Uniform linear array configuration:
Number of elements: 16
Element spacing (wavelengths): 0.5
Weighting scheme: hamming
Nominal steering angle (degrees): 45
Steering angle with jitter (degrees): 45.832
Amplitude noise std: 0.05
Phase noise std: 0.05

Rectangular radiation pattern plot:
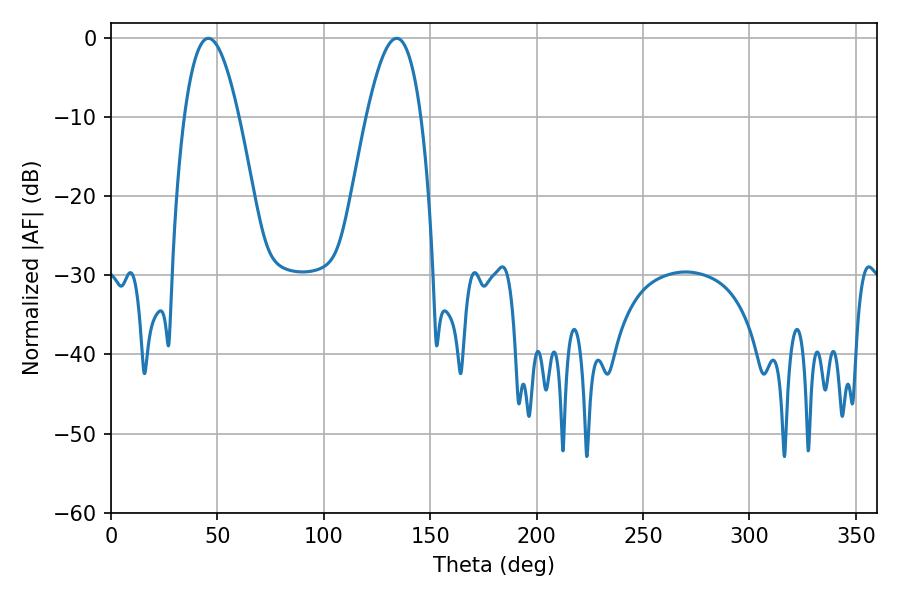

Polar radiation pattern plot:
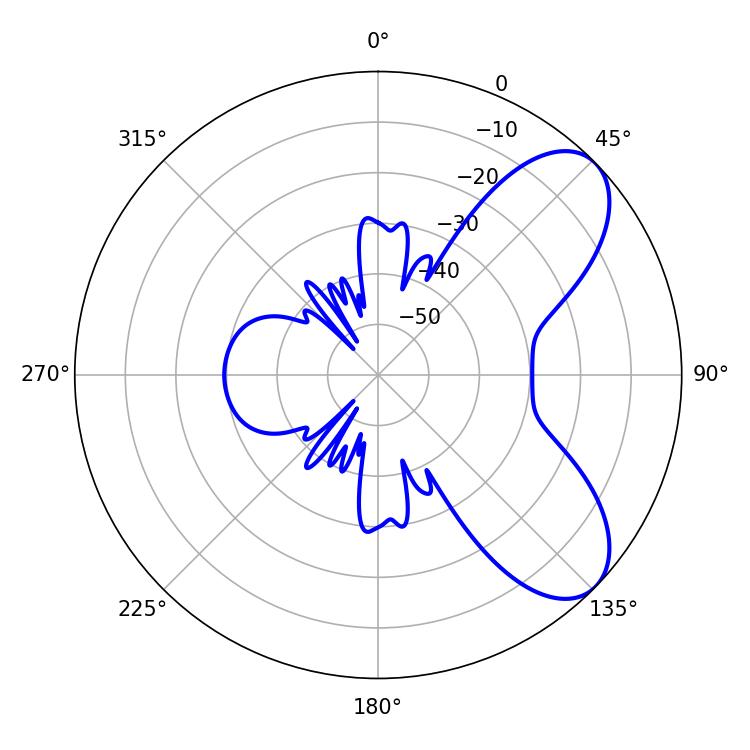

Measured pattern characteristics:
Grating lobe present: FALSE
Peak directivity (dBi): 7.189
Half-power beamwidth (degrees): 14.04
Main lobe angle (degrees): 45.72